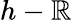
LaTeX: h-\mathbb{R}